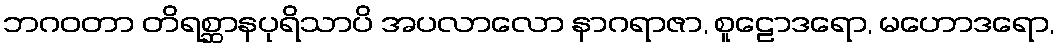
ဘဂဝတာ တိရစ္ဆာနပုရိသာပိ အပလာလော နာဂရာဇာ, စူဠောဒရော, မဟောဒရော,